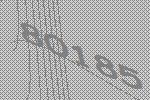
80185